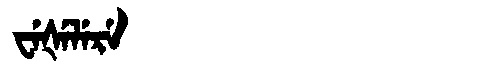
Manchu: ᠸᡝᡧᡝᠯᡝᡵᡝ
Romanization: WEŠELERE